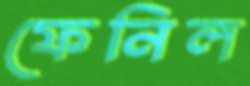
ফেনিল